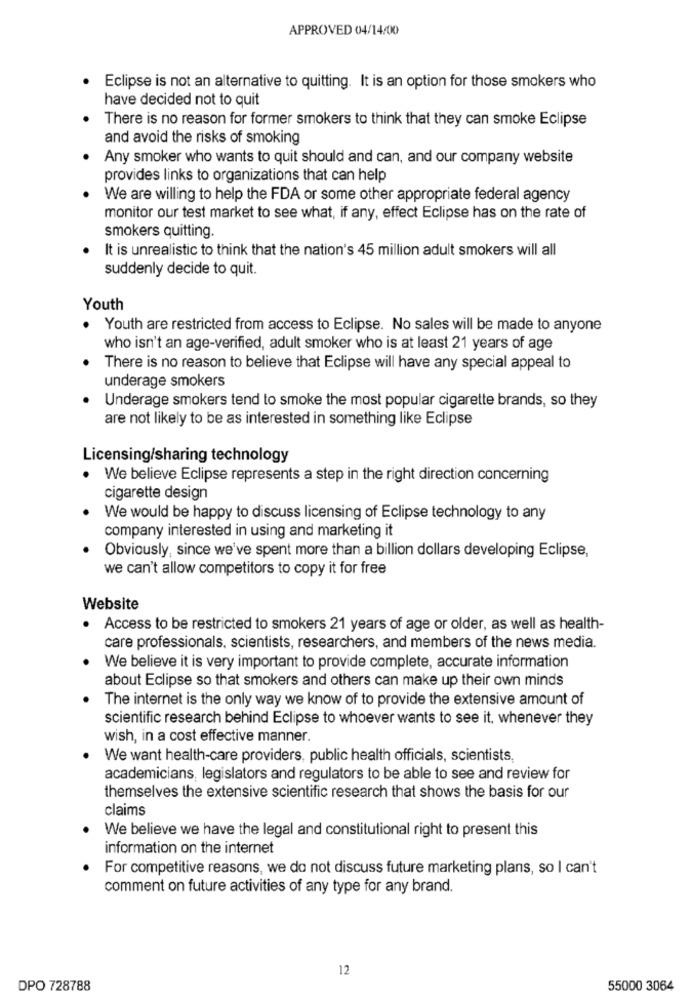
APPROVED 04/14/00
Eclipse is not an alternative to quitting. It is an option for those smokers who
have decided not to quit
There is no reason for former smokers to think that they can smoke Eclipse
and avoid the risks of smoking
Any smoker who wants to quit should and can, and our company website
provides links to organizations that can help
We are willing to help the FDA or some other appropriate federal agency
monitor our test market to see what, if any, effect Eclipse has on the rate of
smokers quitting.
It is unrealistic to think that the nation's 45 million adult smokers will all
suddenly decide to quit.
Youth
Youth are restricted from access to Eclipse. No sales will be made to anyone
who isn't an age-verified, adult smoker who is at least 21 years of age
There is no reason to believe that Eclipse will have any special appeal to
underage smokers
Underage smokers tend to smoke the most popular cigarette brands, so they
are not likely to be as interested in something like Eclipse
Licensing/sharing technology
. We believe Eclipse represents a step in the right direction concerning
cigarette design
We would be happy to discuss licensing of Eclipse technology to any
company interested in using and marketing it
Obviously, since we've spent more than a billion dollars developing Eclipse,
we can't allow competitors to copy it for free
Website
· Access to be restricted to smokers 21 years of age or older, as well as health-
care professionals, scientists, researchers, and members of the news media.
We believe it is very important to provide complete, accurate information
about Eclipse so that smokers and others can make up their own minds
The internet is the only way we know of to provide the extensive amount of
scientific research behind Eclipse to whoever wants to see it, whenever they
wish, in a cost effective manner.
We want health-care providers, public health officials, scientists,
academicians, legislators and regulators to be able to see and review for
themselves the extensive scientific research that shows the basis for our
claims
We believe we have the legal and constitutional right to present this
information on the internet
For competitive reasons, we do not discuss future marketing plans, so I can't
comment on future activities of any type for any brand.
12
DPO 728788
55000 3064